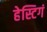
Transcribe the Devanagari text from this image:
हेस्टिगं